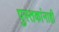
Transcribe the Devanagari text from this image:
पुस्तकांनाही